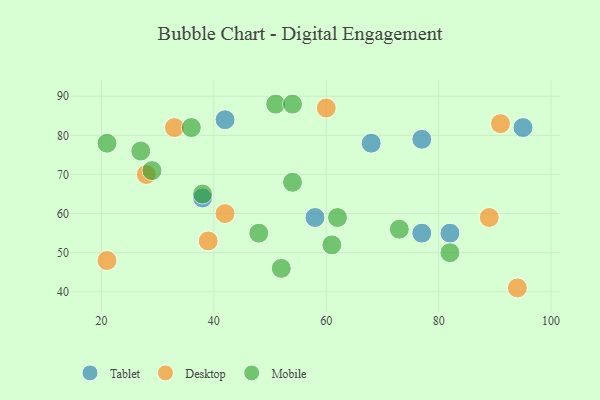
{"axis": {"x": "GDP", "y": "Life Expectancy"}, "legend": ["Desktop", "Mobile", "Tablet"], "data": [{"x": "38", "y": 64, "type": "Tablet"}, {"x": "77", "y": 55, "type": "Tablet"}, {"x": "68", "y": 78, "type": "Tablet"}, {"x": "42", "y": 84, "type": "Tablet"}, {"x": "58", "y": 59, "type": "Tablet"}, {"x": "82", "y": 55, "type": "Tablet"}, {"x": "95", "y": 82, "type": "Tablet"}, {"x": "77", "y": 79, "type": "Tablet"}, {"x": "91", "y": 83, "type": "Desktop"}, {"x": "42", "y": 60, "type": "Desktop"}, {"x": "89", "y": 59, "type": "Desktop"}, {"x": "21", "y": 48, "type": "Desktop"}, {"x": "39", "y": 53, "type": "Desktop"}, {"x": "60", "y": 87, "type": "Desktop"}, {"x": "28", "y": 70, "type": "Desktop"}, {"x": "94", "y": 41, "type": "Desktop"}, {"x": "33", "y": 82, "type": "Desktop"}, {"x": "54", "y": 68, "type": "Mobile"}, {"x": "48", "y": 55, "type": "Mobile"}, {"x": "21", "y": 78, "type": "Mobile"}, {"x": "61", "y": 52, "type": "Mobile"}, {"x": "38", "y": 65, "type": "Mobile"}, {"x": "82", "y": 50, "type": "Mobile"}, {"x": "51", "y": 88, "type": "Mobile"}, {"x": "29", "y": 71, "type": "Mobile"}, {"x": "36", "y": 82, "type": "Mobile"}, {"x": "52", "y": 46, "type": "Mobile"}, {"x": "27", "y": 76, "type": "Mobile"}, {"x": "73", "y": 56, "type": "Mobile"}, {"x": "62", "y": 59, "type": "Mobile"}, {"x": "54", "y": 88, "type": "Mobile"}]}